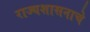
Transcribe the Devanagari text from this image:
राज्यशासनाचे